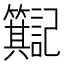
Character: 𫂮